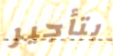
بتأجير